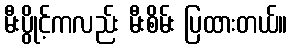
မီးပွိုင့်ကလည်း မီးစိမ်း ပြထားတယ်။